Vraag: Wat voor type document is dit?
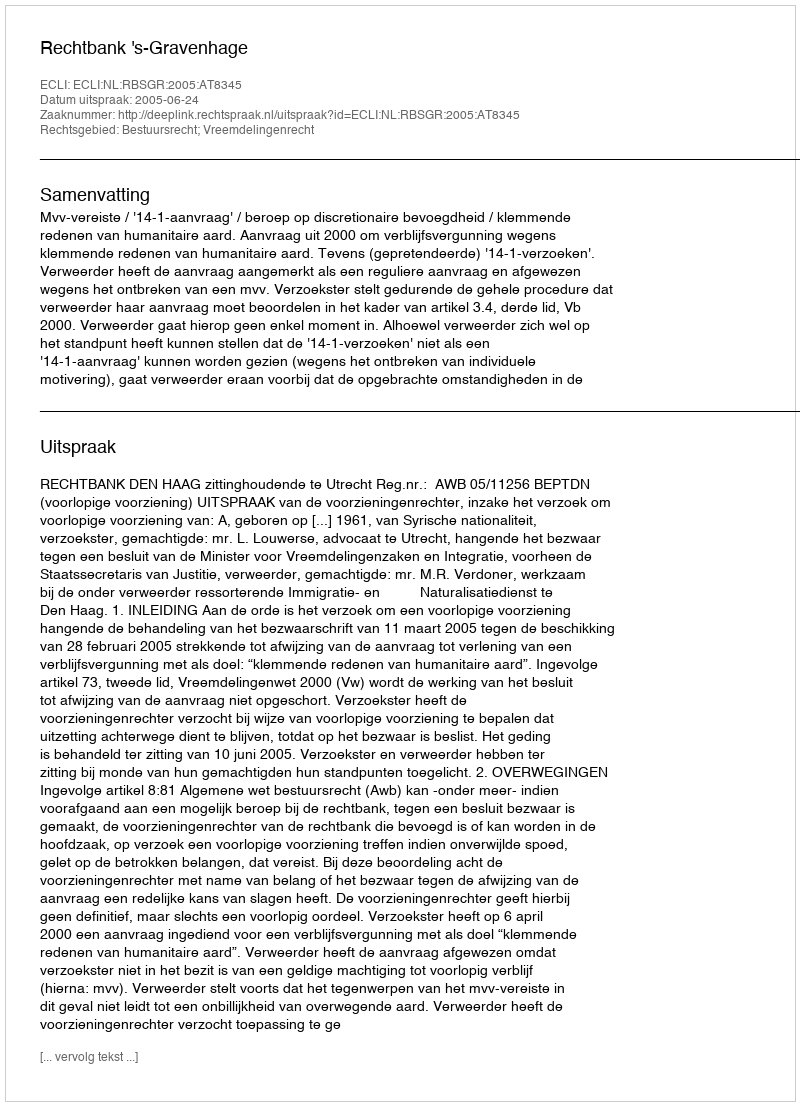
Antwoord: Uitspraak